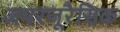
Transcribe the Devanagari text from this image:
अपरजूरैसिक